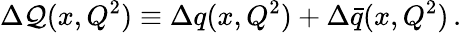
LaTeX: \Delta{\cal Q}(x,Q^{2})\equiv\Delta q(x,Q^{2})+\Delta\bar{q}(x,Q^{2})\, .